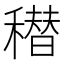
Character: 𰨸